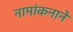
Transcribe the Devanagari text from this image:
नामांकनाने